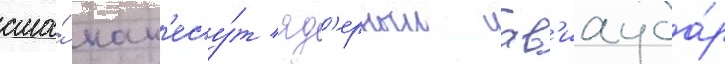
сша́ нан'есу́т яд'ерныи ав'иауда́р